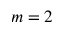
m = 2